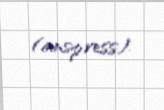
(anspress).